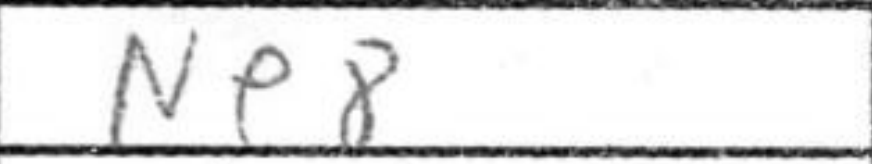
Transcription: Ne8